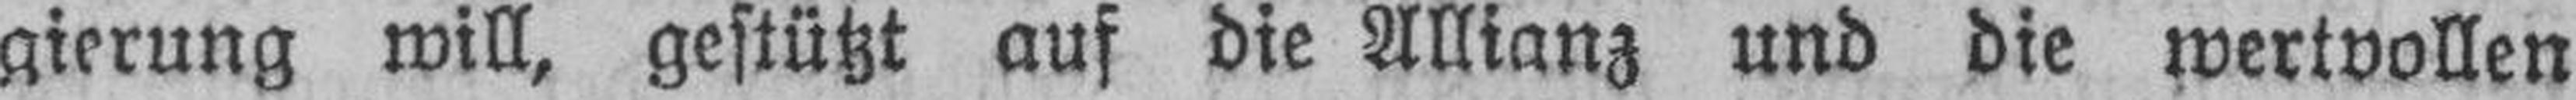
gierung will, gestützt auf die Allianz und die wertvollen